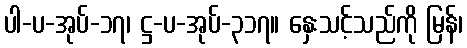
ပါ-ပ-အုပ်-၁၇၊ ဋ္ဌ-ပ-အုပ်-၃၁၇။ နှေးသင့်သည်ကို မြန်၊